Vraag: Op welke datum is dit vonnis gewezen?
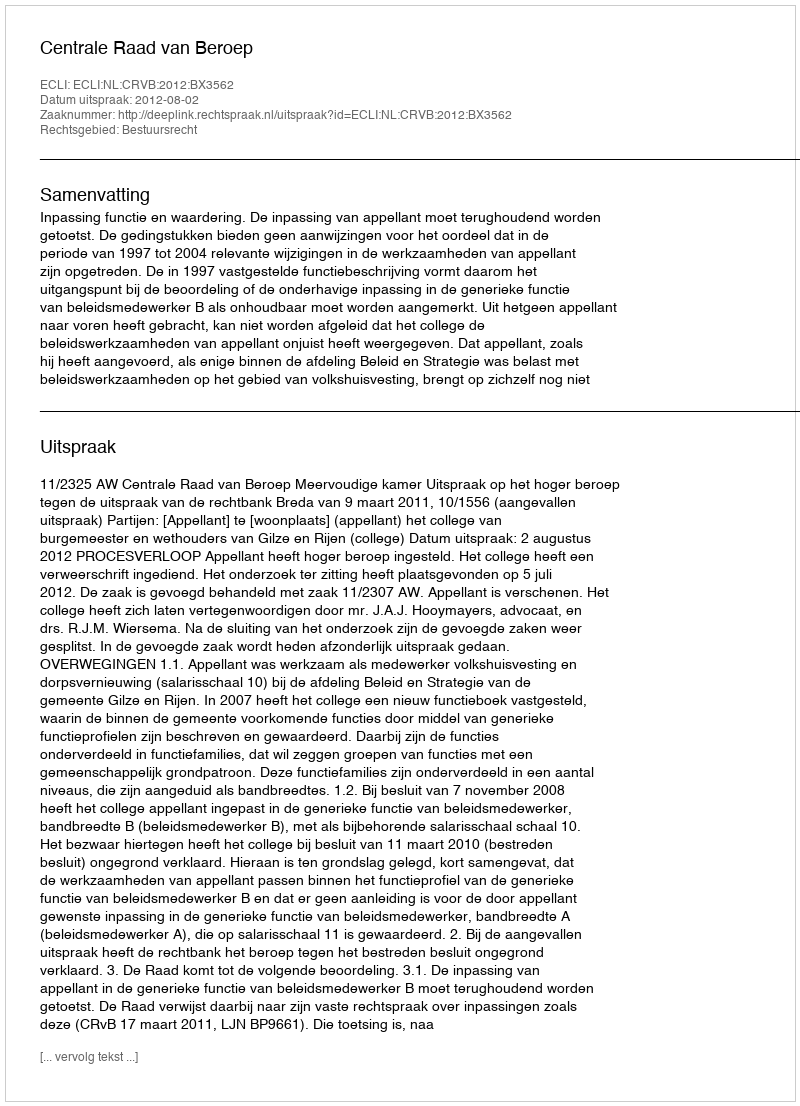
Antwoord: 2012-08-02